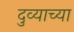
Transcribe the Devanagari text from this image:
दुव्याच्या